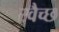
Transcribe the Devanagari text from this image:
स्वैच्छ